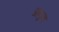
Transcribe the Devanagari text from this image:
अनुाव